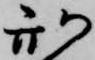
刑